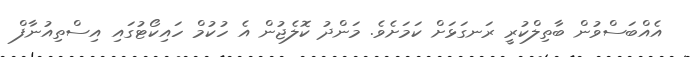
އެއްބަސްވުން ބާތިލްކުރީ ރަނގަޅަށް ކަމަށެވެ. މަންދު ކޮލެޖުން އެ ހުކުމް ހައިކޯޓުގައި އިސްތިއުނާފް